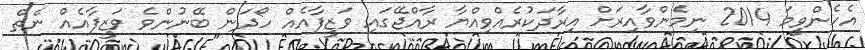
އެހެންވީމަ 2014 ނިމެންވާއިރަށް އިރާދަކުރެއްވިއްޔާ ރާއްޖޭގައި ވަޒީފާއެއް ހޯދަން ބޭނުންވެ ވަޒީފާއެއް ނެތް